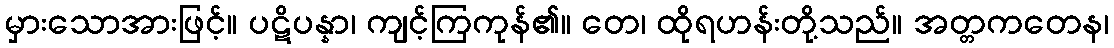
မှားသောအားဖြင့်။ ပဋိပန္နာ၊ ကျင့်ကြကုန်၏။ တေ၊ ထိုရဟန်းတို့သည်။ အတ္တကတေန၊